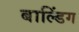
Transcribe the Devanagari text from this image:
बाल्डिंग